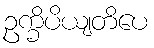
ဥက္ခိပိယျတိပေ